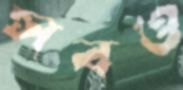
সবও